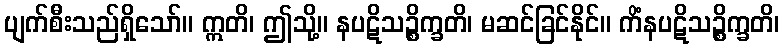
ပျက်စီးသည်ရှိသော်။ ဣတိ၊ ဤသို့။ နပဋိသဉ္စိက္ခတိ၊ မဆင်ခြင်နိုင်။ ကိံနပဋိသဉ္စိက္ခတိ၊